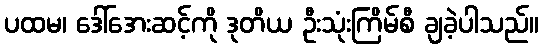
ပထမ၊ ဒေါ်အေးဆင့်ကို ဒုတိယ ဦးသုံးကြိမ်စီ ချခဲ့ပါသည်။